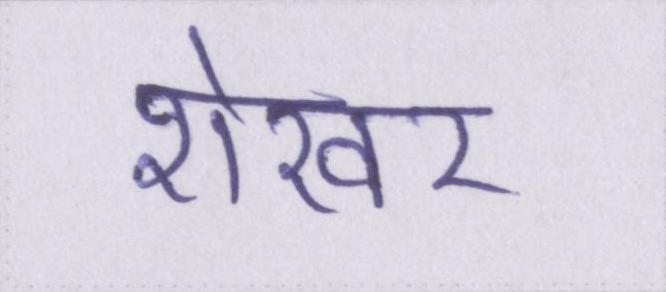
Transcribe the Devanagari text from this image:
शेखर